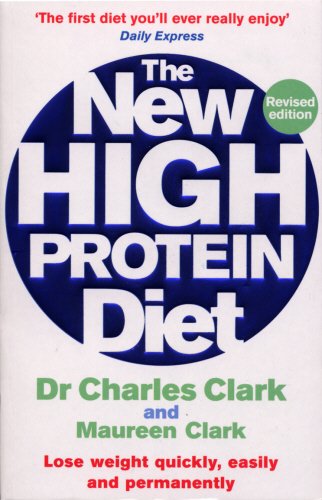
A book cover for The New High Protein Diet: Lose Weight Quickly, Easily and Permanently; Dr. Dr. Charles Clark; Cookbooks, Food & Wine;